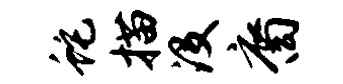
蛇描没裔